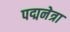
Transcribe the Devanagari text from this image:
पद्मनेत्रा